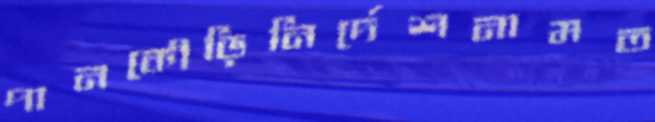
পানকৌড়িনির্দেশনামত